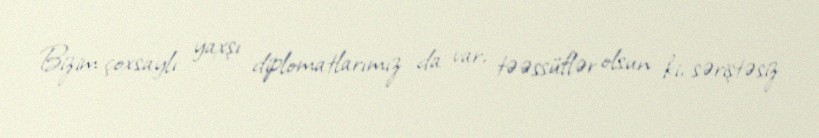
Bizim çoxsaylı yaxşı diplomatlarımız da var, təəssüflər olsun ki, səriştəsiz